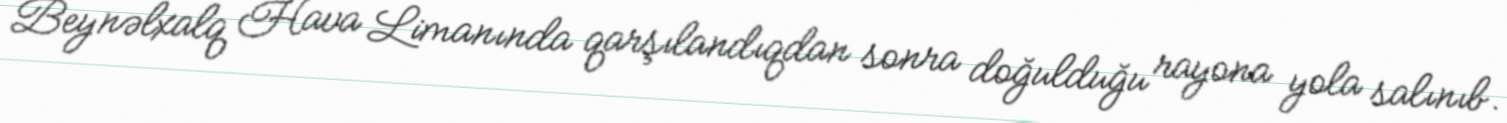
Beynəlxalq Hava Limanında qarşılandıqdan sonra doğulduğu rayona yola salınıb.